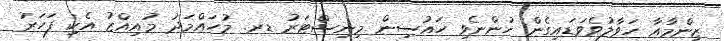
ޒިންމާއާ ހަވާލުވެވަޑައިގެން ހުންނެވި ހައުސިން މިނިސްޓަރު ޑރ. މުހައްމަދު މުއިއްޒު އެކި ފަހަރު